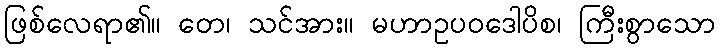
ဖြစ်လေရာ၏။ တေ၊ သင်အား။ မဟာဥပဝဒေါပိစ၊ ကြီးစွာသော